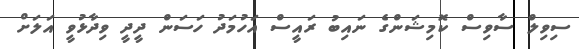
ސިވިލް ސާވިސް ކޮމިޝަންގެ ނައިބު ރައީސް އަހުމަދު ހަސަން ދީދީ ވިދާޅުވީ އަލަށް